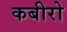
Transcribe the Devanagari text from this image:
कबीरो